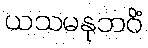
ယသမနုဘဝိံ